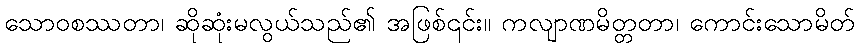
သောဝစဿတာ၊ ဆိုဆုံးမလွယ်သည်၏ အဖြစ်၎င်း။ ကလျာဏမိတ္တတာ၊ ကောင်းသောမိတ်